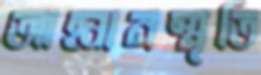
আহ্বানস্মৃতি